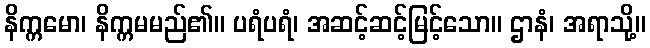
နိက္ကမော၊ နိက္ကမမည်၏။ ပရံပရံ၊ အဆင့်ဆင့်မြင့်သော။ ဌာနံ၊ အရာသို့။